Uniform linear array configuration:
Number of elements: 16
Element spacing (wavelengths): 1
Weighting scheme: hann
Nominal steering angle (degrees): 15
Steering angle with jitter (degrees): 14.621
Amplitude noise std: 0.05
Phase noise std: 0.05

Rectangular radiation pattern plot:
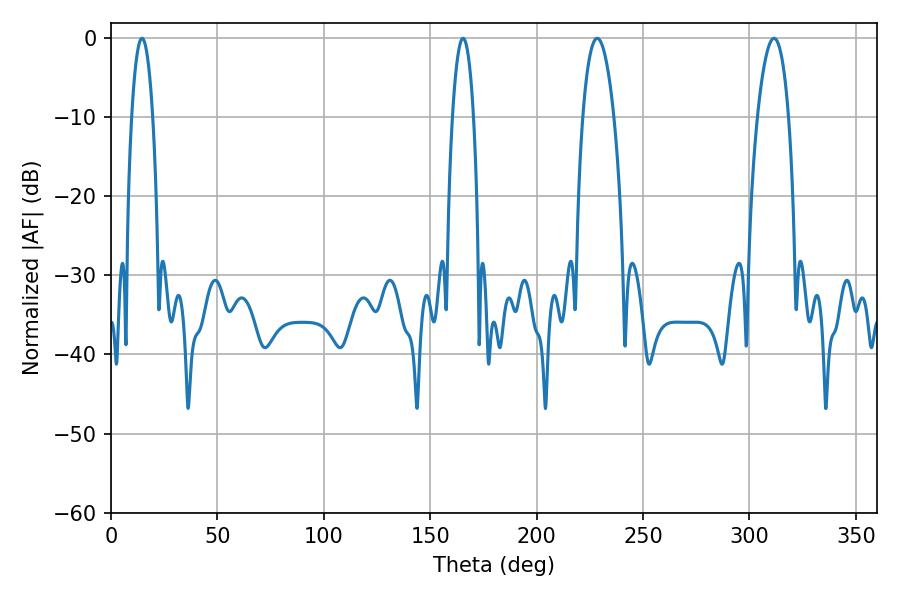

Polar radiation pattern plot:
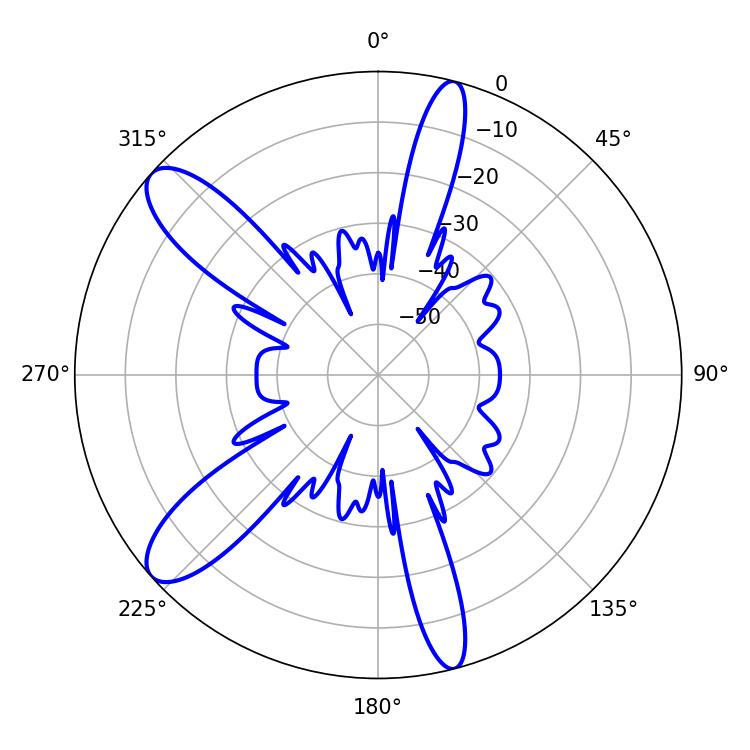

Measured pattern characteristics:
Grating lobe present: TRUE
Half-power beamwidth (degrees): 5.4
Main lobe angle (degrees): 14.58